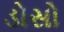
ડોસો